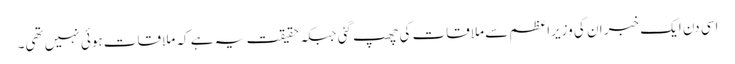
اسی دن ایک خبر ان کی وزیراعظم سے ملاقات کی چھپ گئی جبکہ حقیقت یہ ہے کہ ملاقات ہوئی نہیں تھی۔